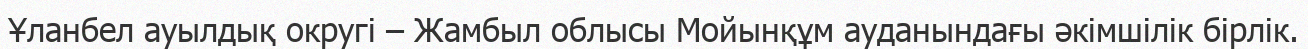
Ұланбел ауылдық округі – Жамбыл облысы Мойынқұм ауданындағы әкімшілік бірлік.